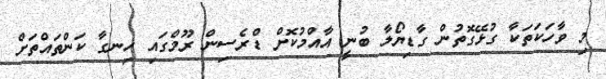
މި ވާހަކަތަކާ ގުޅޭގޮތުން ގާޑިޔޯލާ ބުނީ އާއްމުކޮށް ޑްރެސިން ރޫމްގައި ހިނގާ ކަންތައްތަށް